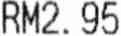
RM2.95